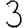
Digit: 3